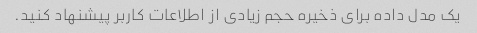
یک مدل داده برای ذخیره حجم زیادی از اطلاعات کاربر پیشنهاد کنید.